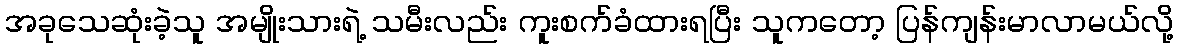
အခုသေဆုံးခဲ့သူ အမျိုးသားရဲ့ သမီးလည်း ကူးစက်ခံထားရပြီး သူကတော့ ပြန်ကျန်းမာလာမယ်လို့